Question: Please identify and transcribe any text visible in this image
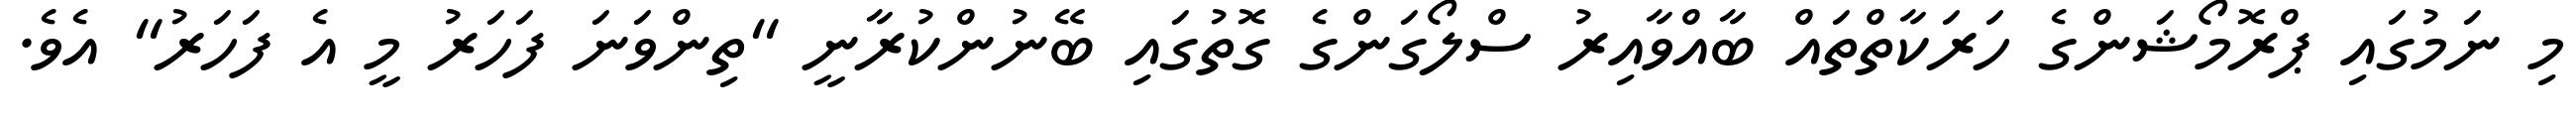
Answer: މި ނަމުގައި ޕްރޮމޯޝަންގެ ހަރަކާތްތައް ބާއްވާއިރު ސްލޯގަންގެ ގޮތުގައި ބޭނުންކުރާނީ "ތިންވަނަ ފަހަރު މީ އެ ފަހަރު" އެވެ.